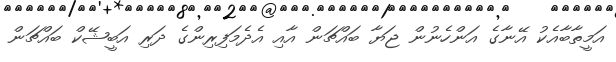
އަމީތާބާއެކު އޭނާގެ އަންހެނުން ޖަޔާ ބައްޗަން އާއި އެދެމަފިރިންގެ ދަރި އަބީޝޭކް ބައްޗަން